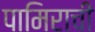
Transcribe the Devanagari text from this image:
पामिराची